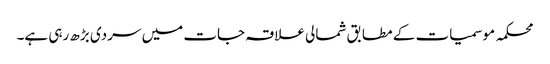
محکمہ موسمیات کے مطابق شمالی علاقہ جات میں سردی بڑھ رہی ہے۔